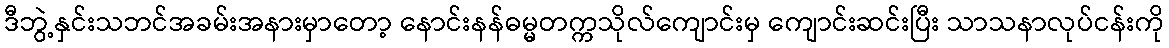
ဒီဘွဲ့နှင်းသဘင်အခမ်းအနားမှာတော့ နောင်းနန်ဓမ္မတက္ကသိုလ်ကျောင်းမှ ကျောင်းဆင်းပြီး သာသနာလုပ်ငန်းကို